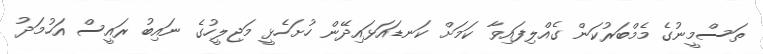
ތަސްމީނުގެ މެމްބަރުކަން ގެއްލިފައިވާ ކަމަށް ކަނޑައަޅައިދޭން ހުށަހެޅީ މަޖިލީހުގެ ނައިބު ރައީސް އަހުމަދު